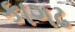
કાગઢ